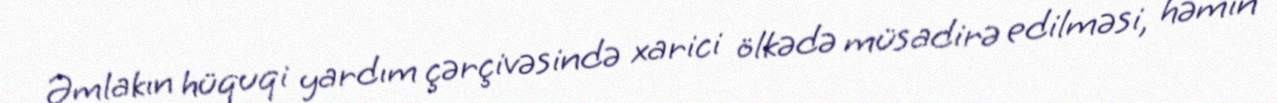
Əmlakın hüquqi yardım çərçivəsində xarici ölkədə müsadirə edilməsi, həmin